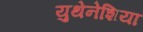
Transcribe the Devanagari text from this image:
युथेनेशिया